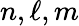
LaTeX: n,\ell,m